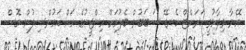
އޭނާ ވިދާޅުވީ ކަރަންޓް ކެނޑޭ ސަބަބުން ބެލުމަށް އިންޖީނުގެ އަށް ކައުންސިލުން ގޮސް